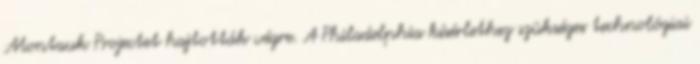
Montauk Projectet hajtották végre. A Philadelphia kísérlethez szükséges technológiai